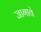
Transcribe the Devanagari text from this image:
जागावे